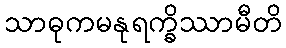
သာဓုကမနုရက္ခိဿာမီတိ